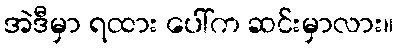
အဲဒီမှာ ရထား ပေါ်က ဆင်းမှာလား။